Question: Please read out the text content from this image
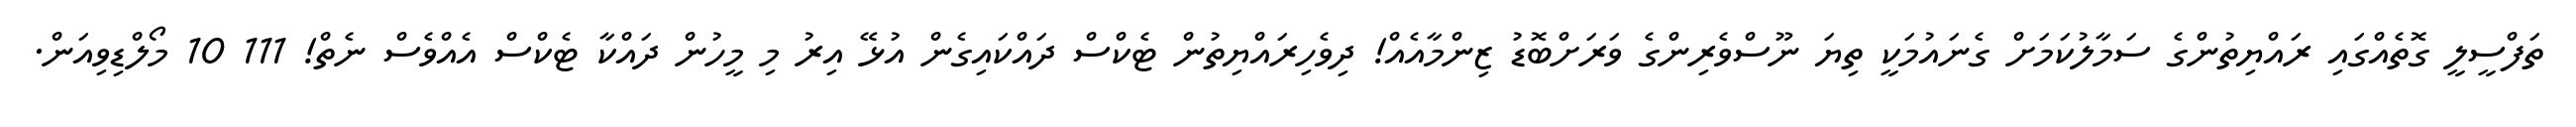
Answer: ތަފްސީލީ ގޮތެއްގައި ރައްޔިތުންގެ ސަމާލުކަމަށް ގެނައުމަކީ ތިޔަ ނޫސްވެރިންގެ ވަރަށްބޮޑު ޒިންމާއެއް! ދިވެހިރައްޔިތުން ޓެކްސް ދައްކައިގެން އުޅޭ އިރު މި މީހުން ދައްކާ ޓެކްސް އެއްވެސް ނެތް! 111 10 މޯލްޑިވިއަން.